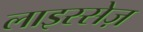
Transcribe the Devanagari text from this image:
लाइस्सेज़